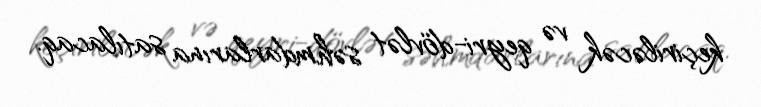
keçiriləcək və qeyri-dövlət səhmdarlarına satılacaq.